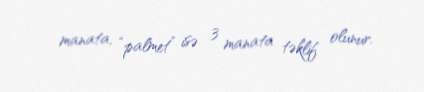
manata, “palmet” isə 3 manata təklif olunur.